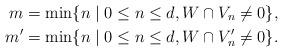
LaTeX: \begin{align*}m=\min\{n\mid 0\le n\le d,W\cap V_n\ne 0\},\\m^\prime=\min\{n\mid 0\le n\le d,W\cap V_n^\prime \ne 0\}.\end{align*}